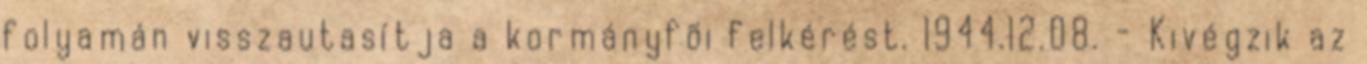
folyamán visszautasítja a kormányfõi felkérést. 1944.12.08. - Kivégzik az